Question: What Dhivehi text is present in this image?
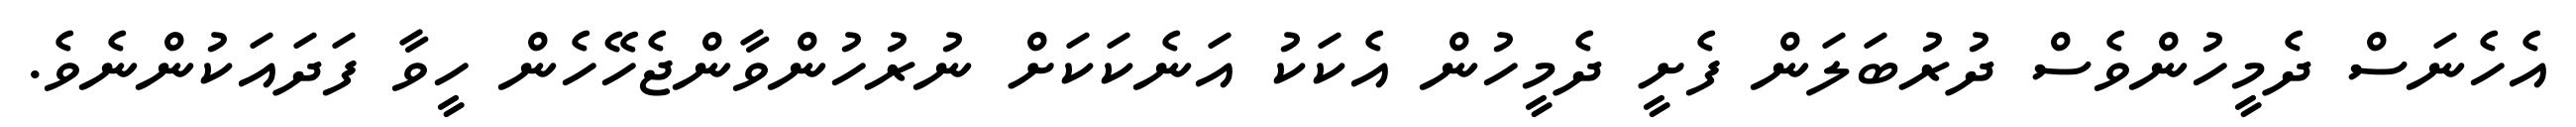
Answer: އެހެނަސް ދެމީހުންވެސް ދުރުބަލަން ފެށީ ދެމީހުން އެކަކު އަނެކަކަށް ނުރުހުންވާންޖެހޭހެން ހީވާ ފަދައަކުންނެވެ.